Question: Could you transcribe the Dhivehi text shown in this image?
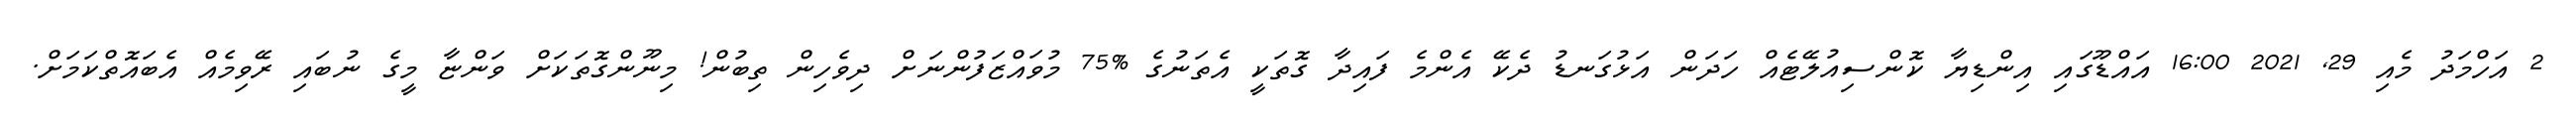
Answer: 2 އަހްމަދު މެއި 29, 2021 16:00 އައްޑޫގައި އިންޑިޔާ ކޮންސިއުލޭޓެއް ހަދަން އަޅުގަނޑު ދެކޭ އެންމެ ފައިދާ ގޮތަކީ އެތަނުގެ %75 މުވައްޒަފުންނަށް ދިވެހިން ތިބުން! މިނޫންގޮތަކަށް ވަންޏާ މީގެ ނުބައި ރޭވިމެއް އެބައޮތްކަމަށް.